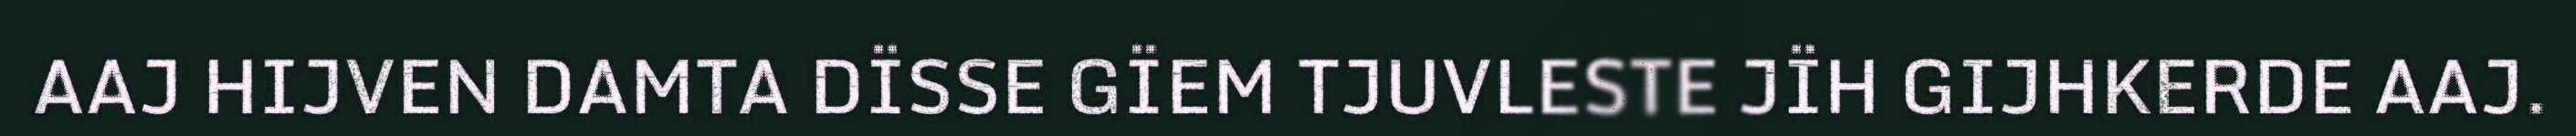
AAJ HIJVEN DAMTA DÏSSE GÏEM TJUVLESTE JÏH GIJHKERDE AAJ.